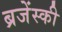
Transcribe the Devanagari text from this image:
ब्रजेंस्की